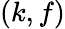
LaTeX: \left(k,f\right)